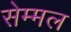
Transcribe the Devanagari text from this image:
सेम्मल